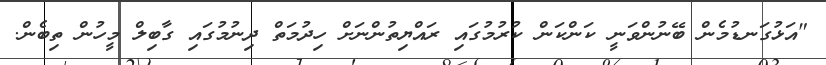
"އަޅުގަނޑުމެން ބޭނުންވަނީ ކަންކަން ކުރުމުގައި ރައްޔިތުންނަށް ހިދުމަތް ދިނުމުގައި ގާބިލް މީހުން ތިބެން.